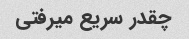
چقدر سریع میرفتی